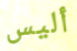
أليس